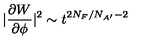
| \frac { \partial W } { \partial \phi } | ^ { 2 } \sim t ^ { 2 N _ { F } / N _ { A ^ { \prime } } - 2 }